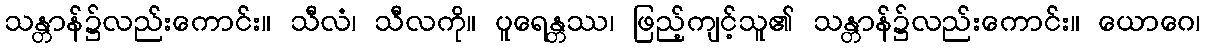
သန္တာန်၌လည်းကောင်း။ သီလံ၊ သီလကို။ ပူရေန္တဿ၊ ဖြည့်ကျင့်သူ၏ သန္တာန်၌လည်းကောင်း။ ယောဂေ၊